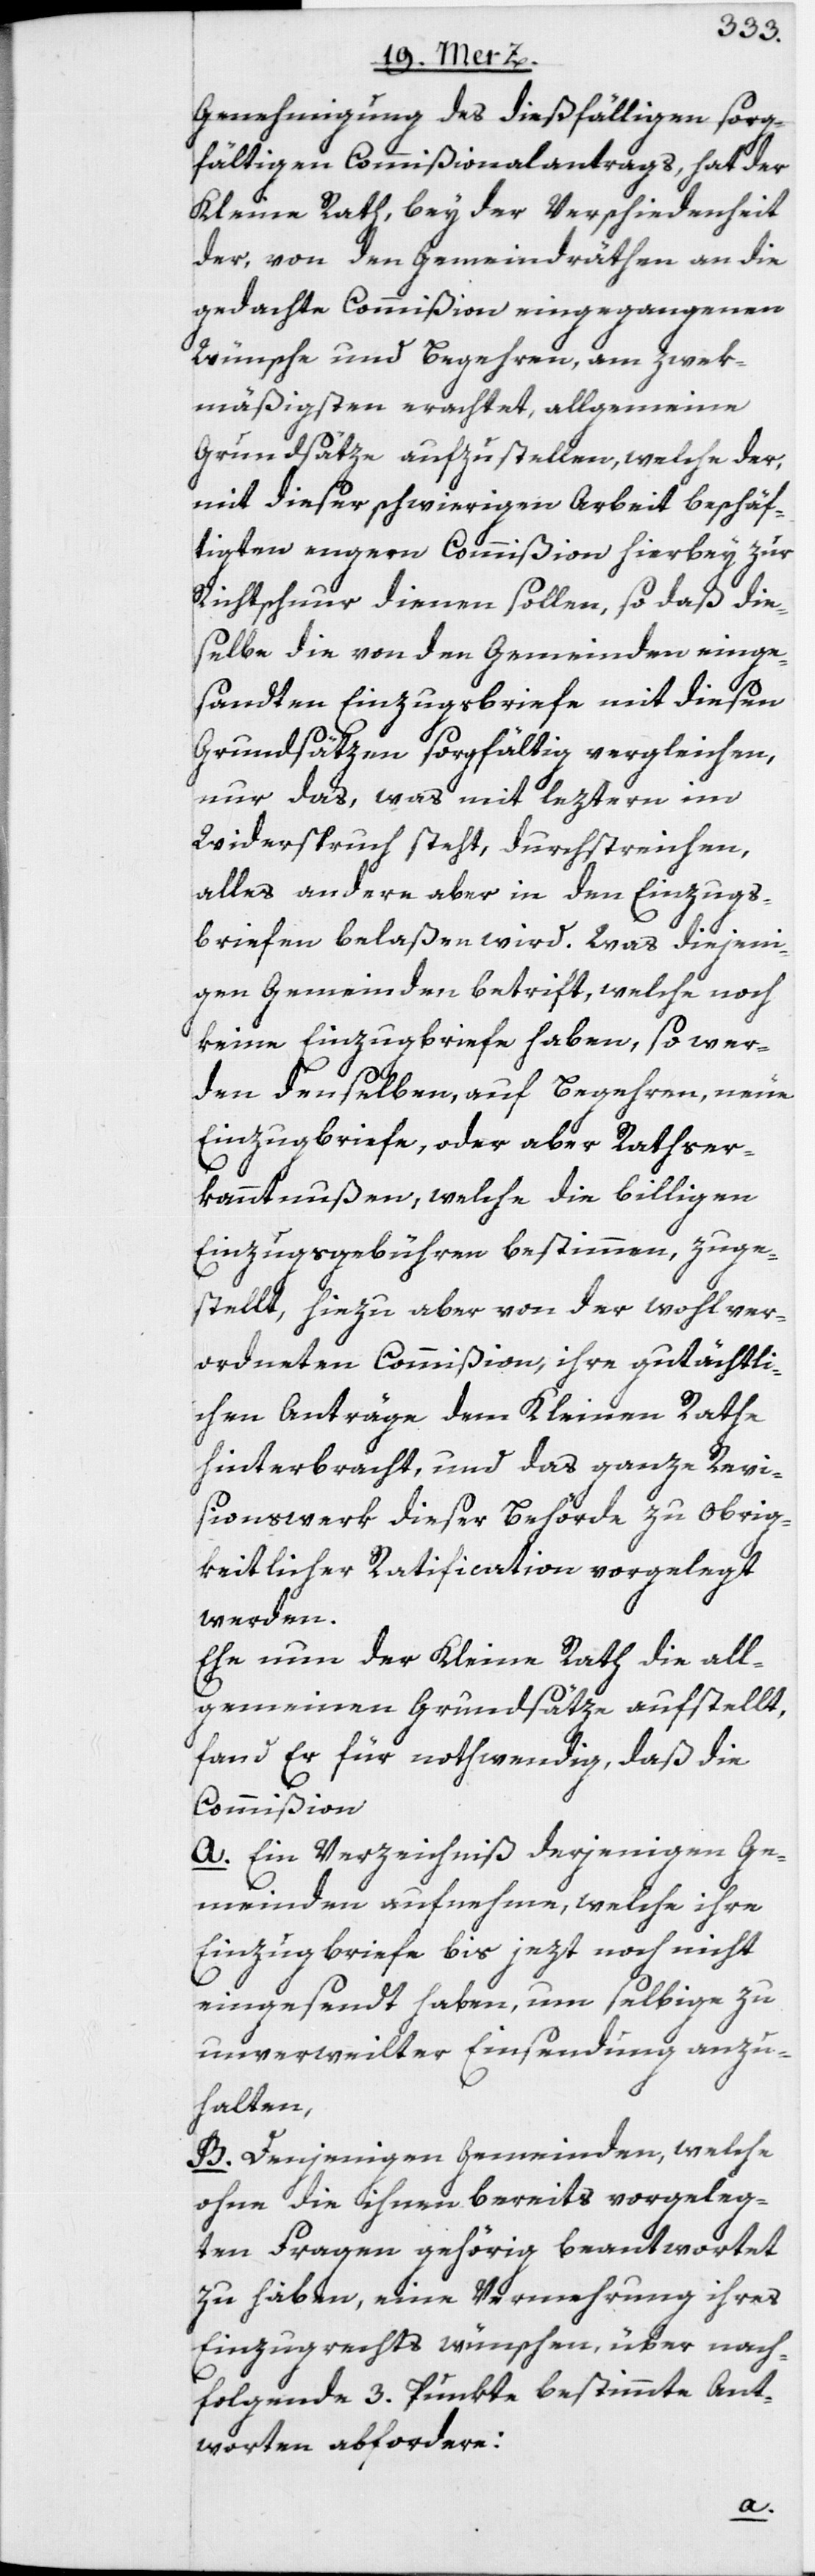
Genehmigung des dießfälligen sorg¬
fältigen Commißionalantrags, hat der
Kleine Rath, bey der Verschiedenheit
der, von den Gemeindräthen an die
gedachte Commißion eingegangenen
Wünsche und Begehren, am zwek¬
mäßigsten erachtet, allgemeine
Grundsätze aufzustellen, welche der,
mit dieser schwierigen Arbeit beschäf¬
tigten engern Commißion hierbey zur
Richtschnur dienen sollen, so daß die¬
selbe die von den Gemeinden einge¬
sandten Einzugsbriefe mit diesen
Grundsätzen sorgfältig vergleichen,
nur das, was mit leztern im
Widerspruch steht, durchstreichen,
alles andere aber in den Einzugs¬
briefen belaßen wird. Was diejeni¬
gen Gemeinden betrift, welche noch
keine Einzugbriefe haben, so wer¬
den denselben, auf Begehren, neue
Einzugbriefe, oder aber Rathser¬
kanntnußen, welche die billigen
Einzugsgebühren bestimmen, zuge¬
stellt, hiezu aber von der wohlver¬
ordneten Commißion, ihre gutächtli¬
chen Anträge dem Kleinen Rathe
hinterbracht, und das ganze Revi¬
sionswerk dieser Behörde zu obrig¬
keitlicher Ratification vorgelegt
werden.
Ehe nun der Kleine Rath die all¬
gemeinen Grundsätze aufstellt,
fand Er für nothwendig, daß die
Commißion
A. Ein Verzeichniß derjenigen Ge¬
meinden aufnehme, welche ihre
Einzugbriefe bis jezt noch nicht
eingesendt haben, um selbige zu
unverweilter Einsendung anzu¬
halten,
B. Denjenigen Gemeinden, welche
ohne die ihnen bereits vorgeleg¬
ten Fragen gehörig beantwortet
zu haben, eine Vermehrung ihres
Einzugrechts wünschen, über nach¬
folgende 3. Punkte bestimmte Ant¬
worten abfordere: